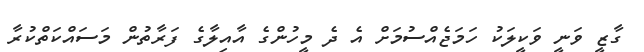
ގާޒީ ވަނީ ވަކީލަކު ހަމަޖެއްސުމަށް އެ ދެ މީހުންގެ އާއިލާގެ ފަރާތުން މަސައްކަތްކުރާ